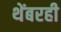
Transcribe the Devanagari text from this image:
थेंबरही